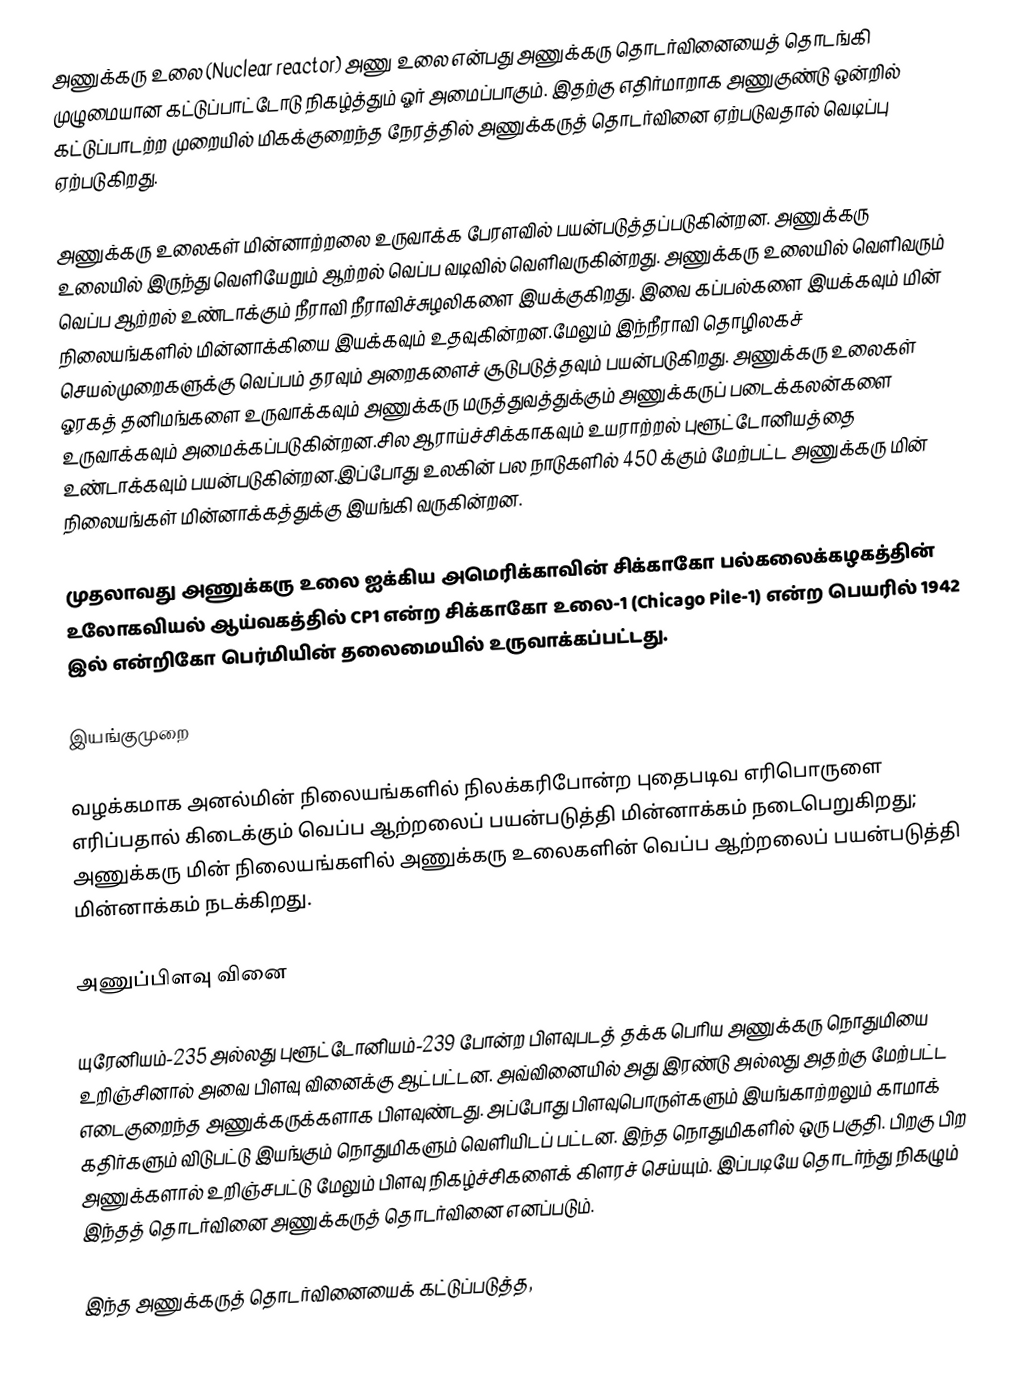
அணுக்கரு உலை (Nuclear reactor) அணு உலை என்பது அணுக்கரு தொடர்வினையைத் தொடங்கி முழுமையான கட்டுப்பாட்டோடு நிகழ்த்தும் ஓர் அமைப்பாகும். இதற்கு எதிர்மாறாக அணுகுண்டு ஒன்றில் கட்டுப்பாடற்ற முறையில் மிகக்குறைந்த நேரத்தில் அணுக்கருத் தொடர்வினை ஏற்படுவதால் வெடிப்பு ஏற்படுகிறது.

அணுக்கரு உலைகள் மின்னாற்றலை உருவாக்க பேரளவில் பயன்படுத்தப்படுகின்றன. அணுக்கரு உலையில் இருந்து வெளியேறும் ஆற்றல் வெப்ப வடிவில் வெளிவருகின்றது. அணுக்கரு உலையில் வெளிவரும் வெப்ப ஆற்றல் உண்டாக்கும் நீராவி நீராவிச்சுழலிகளை இயக்குகிறது. இவை கப்பல்களை இயக்கவும்  மின் நிலையங்களில் மின்னாக்கியை இயக்கவும் உதவுகின்றன.மேலும் இந்நீராவி தொழிலகச் செயல்முறைகளுக்கு வெப்பம் தரவும் அறைகளைச் சூடுபடுத்தவும் பயன்படுகிறது. அணுக்கரு உலைகள் ஓரகத் தனிமங்களை உருவாக்கவும் அணுக்கரு மருத்துவத்துக்கும் அணுக்கருப் படைக்கலன்களை உருவாக்கவும் அமைக்கப்படுகின்றன.சில ஆராய்ச்சிக்காகவும் உயராற்றல் புளூட்டோனியத்தை உண்டாக்கவும் பயன்படுகின்றன.இப்போது உலகின் பல நாடுகளில் 450 க்கும் மேற்பட்ட அணுக்கரு மின் நிலையங்கள் மின்னாக்கத்துக்கு இயங்கி வருகின்றன.

முதலாவது அணுக்கரு உலை ஐக்கிய அமெரிக்காவின் சிக்காகோ பல்கலைக்கழகத்தின் உலோகவியல் ஆய்வகத்தில் CP1 என்ற சிக்காகோ உலை-1 (Chicago Pile-1) என்ற பெயரில் 1942 இல் என்றிகோ பெர்மியின் தலைமையில் உருவாக்கப்பட்டது.

இயங்குமுறை

வழக்கமாக அனல்மின் நிலையங்களில் நிலக்கரிபோன்ற புதைபடிவ எரிபொருளை எரிப்பதால் கிடைக்கும் வெப்ப ஆற்றலைப் பயன்படுத்தி மின்னாக்கம் நடைபெறுகிறது; அணுக்கரு மின் நிலையங்களில் அணுக்கரு உலைகளின் வெப்ப ஆற்றலைப் பயன்படுத்தி மின்னாக்கம் நடக்கிறது.

அணுப்பிளவு வினை

யுரேனியம்-235 அல்லது புளூட்டோனியம்-239 போன்ற பிளவுபடத் தக்க பெரிய அணுக்கரு நொதுமியை உறிஞ்சினால் அவை பிளவு வினைக்கு ஆட்பட்டன. அவ்வினையில் அது இரண்டு அல்லது அதற்கு மேற்பட்ட எடைகுறைந்த அணுக்கருக்களாக பிளவுண்டது. அப்போது பிளவுபொருள்களும் இயங்காற்றலும் காமாக் கதிர்களும் விடுபட்டு இயங்கும் நொதுமிகளும் வெளியிடப் பட்டன. இந்த நொதுமிகளில் ஒரு பகுதி. பிறகு பிற அணுக்களால் உறிஞ்சபட்டு  மேலும் பிளவு நிகழ்ச்சிகளைக் கிளரச் செய்யும். இப்படியே தொடர்ந்து நிகழும் இந்தத் தொடர்வினை  அணுக்கருத் தொடர்வினை   எனப்படும்.

இந்த அணுக்கருத் தொடர்வினையைக் கட்டுப்படுத்த,